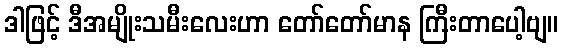
ဒါဖြင့် ဒီအမျိုးသမီးလေးဟာ တော်တော်မာန ကြီးတာပေါ့ဗျ။